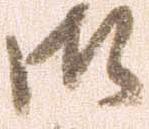
御